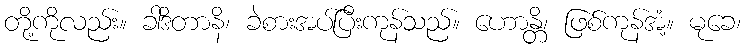
တို့ကိုလည်း။ ခါဒိတာနိ၊ ခဲစားအပ်ပြီးကုန်သည်။ ဟောန္တိ၊ ဖြစ်ကုန်အံ့။ မုခေ၊